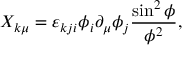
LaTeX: X _ { k \mu } = \varepsilon _ { k j i } \phi _ { i } \partial _ { \mu } \phi _ { j } \frac { \sin ^ { 2 } \phi } { \phi ^ { 2 } } ,